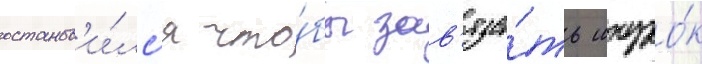
останов'и́лс'я что́бы зав'яза́ть шнуро́к